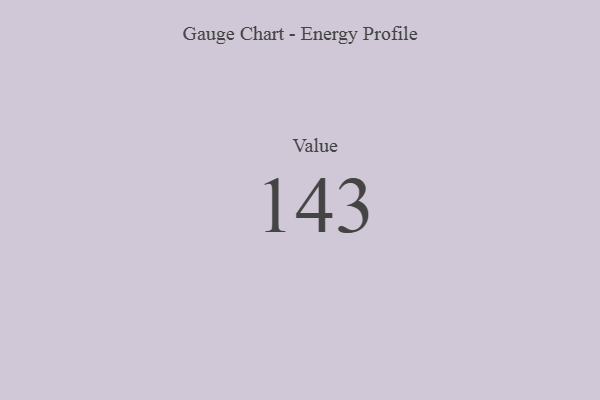
{"axis": {"x": "Metric", "y": "Value"}, "legend": [""], "data": [{"x": "Value", "y": 143, "type": ""}]}